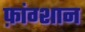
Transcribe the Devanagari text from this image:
फ़ांग्शान